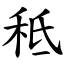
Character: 秪